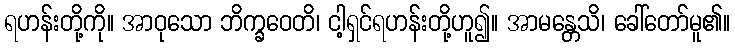
ရဟန်းတို့ကို။ အာဝုသော ဘိက္ခဝေတိ၊ ငါ့ရှင်ရဟန်းတို့ဟူ၍။ အာမန္တေသိ၊ ခေါ်တော်မူ၏။